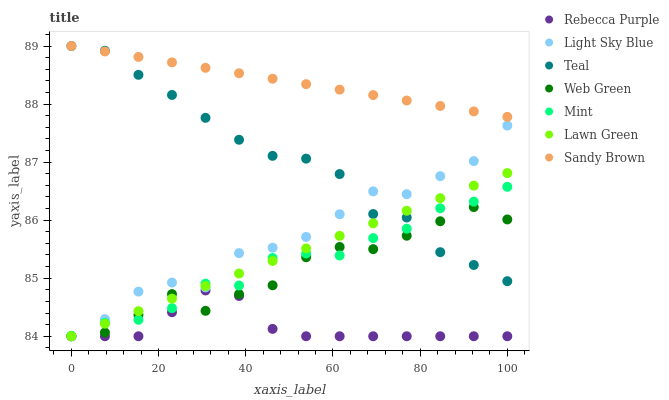
| xaxis_label | Rebecca Purple | Light Sky Blue | Teal | Web Green | Mint | Lawn Green | Sandy Brown |
 | --- | --- | --- | --- | --- | --- | --- | --- |
 | 0 | 84 | 84 | 89 | 84 | 84 | 84 | 89 |
 | 7.69 | 84 | 84.3 | 88.9 | 84.1 | 84.2 | 84.2 | 88.9 |
 | 15.4 | 84 | 84.8 | 88.5 | 84.4 | 84.3 | 84.4 | 88.8 |
 | 23.1 | 84.4 | 84.9 | 88.2 | 84.7 | 84.5 | 84.6 | 88.7 |
 | 30.8 | 84.8 | 84.8 | 87.8 | 84.4 | 84.9 | 84.9 | 88.6 |
 | 38.5 | 84.7 | 85.4 | 87.4 | 84.7 | 84.9 | 85.1 | 88.5 |
 | 46.2 | 84.1 | 85.5 | 87.1 | 84.9 | 85.3 | 85.3 | 88.4 |
 | 53.8 | 84 | 85.7 | 87.1 | 85.4 | 85.4 | 85.5 | 88.3 |
 | 61.5 | 84 | 86.1 | 86.8 | 85.5 | 85.4 | 85.7 | 88.2 |
 | 69.2 | 84 | 86.5 | 86.1 | 85.5 | 85.7 | 85.9 | 88.2 |
 | 76.9 | 84 | 86.4 | 86 | 85.7 | 85.9 | 86.2 | 88.1 |
 | 84.6 | 84 | 86.8 | 85.4 | 86 | 86.2 | 86.4 | 88 |
 | 92.3 | 84 | 87 | 85.2 | 86.2 | 86.3 | 86.6 | 87.9 |
 | 100 | 84 | 87.6 | 84.9 | 86 | 86.6 | 86.8 | 87.8 |